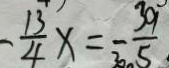
- \frac { 1 3 } { 4 } x = - \frac { 3 9 } { 5 }